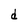
Character: d